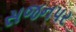
સજનપર